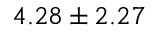
4 . 2 8 \pm 2 . 2 7